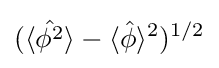
(\langle {\hat {\phi ^{2}}}\rangle -\langle {\hat {\phi }}\rangle ^{2})^{1/2}